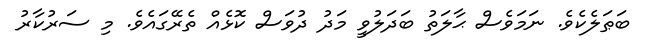
ބަޠަލެކެވެ. ނަމަވެސް ޙާލަތު ބަދަލުވީ މަދު ދުވަސް ކޮޅެއް ތެރޭގައެވެ. މި ސަރުކާރު